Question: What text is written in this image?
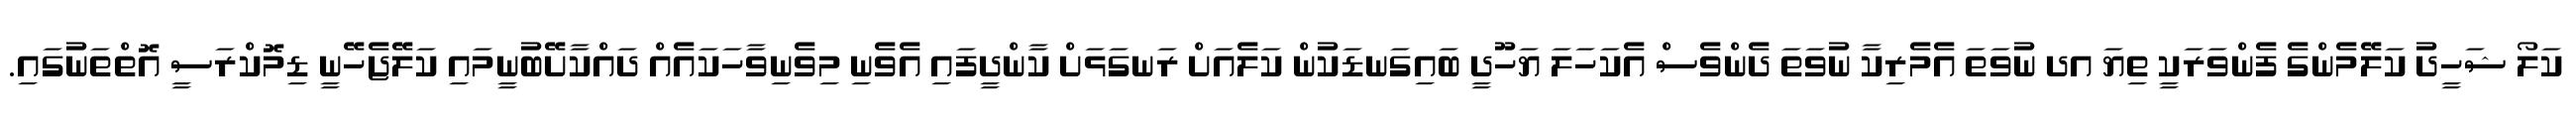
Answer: ކަލޯ ޝަހީދު ކަލޭމެންގެ ފެންވަރަކީ ތިޔަ އދ ނުވަތަ އެމެރިކާ ނުވަތަ ދެންވެސް އެކަހަލަ ޔަހޫދީ ބައިގަނޑަކުން ކަލެއަށް ރަނގަޅަށް ކާންދީފައި އެވެނި މިވެނިވާހަކައެއް ދައްކާށޭބުނީމައި ކަލޭޖެހޭނީ ޑިމޮކްރަސީ އޮތްތަނުގައި.